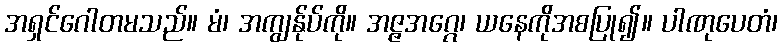
အရှင်ဂေါတမသည်။ မံ၊ အကျွန်ုပ်ကို။ အဇ္ဇအဂ္ဂေ၊ ယနေကိုအစပြု၍။ ပါဏုပေတံ၊